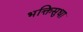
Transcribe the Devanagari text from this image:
भक्तिसुधा